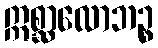
ဣစ္ဆာလောဘဉ္စ